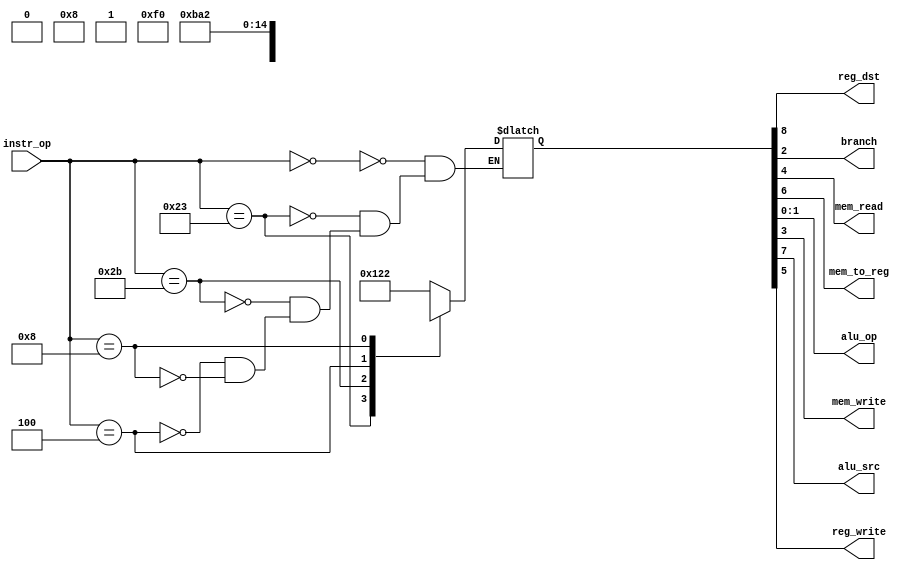
//=========================================================================
// Name & Email must be EXACTLY as in Gradescope roster!
// Name: Michelle Dozaal
// 
// Assignment name: Lab #3
// Lab section: 
// TA: Yujia Zhai
// 
// I hereby certify that I have not received assistance on this assignment,
// or used code, from ANY outside source other than the instruction team
// (apart from what was provided in the starter file).
//
//=========================================================================

//it takes in a
module controlUnit  (
    input  wire [5:0] instr_op, 
    output wire       reg_dst,   
    output wire       branch,     
    output wire       mem_read,  
    output wire       mem_to_reg,
    output wire [1:0] alu_op,        
    output wire       mem_write, 
    output wire       alu_src,    
    output wire       reg_write
    );

// ------------------------------
// Insert your solution below
// ------------------------------

reg[8:0] control_sig;

always @(instr_op)begin
    case(instr_op) //a swtich statement
        6'b000000: control_sig = 9'b100100010; //R-format
        6'b100011: control_sig = 9'b011110000; //lw
        6'b101011: control_sig = 9'bx1x001000; //sw
        6'b000100: control_sig = 9'bx0x000101; //beq
        6'b001000: control_sig = 9'b110100010; //imm

    endcase
    
    
end


assign {
reg_dst,
alu_src,
mem_to_reg,
reg_write,
mem_read,
mem_write,
branch,
alu_op
    } = control_sig; //9'b000000000;




endmodule